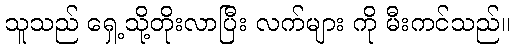
သူသည် ရှေ့သို့တိုးလာပြီး လက်များ ကို မီးကင်သည်။